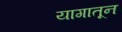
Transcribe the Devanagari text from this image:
यागातून